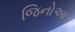
જિનોઆ